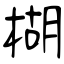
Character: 楜